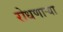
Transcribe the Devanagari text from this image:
रोधणाऱ्या